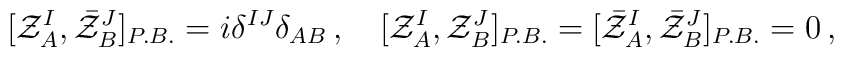
[{\cal Z}^I_A, \bar {\cal Z}^J_B]_{P.B.} = i \delta^{IJ} \delta_{AB}\,,\quad[{\cal Z}^I_A, {\cal Z}^J_B ]_{P.B.}= [\bar {\cal Z}^I_A, \bar {\cal Z}^J_B ]_{P.B.} = 0\,,